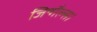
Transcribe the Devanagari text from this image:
जिन्गैल्स।